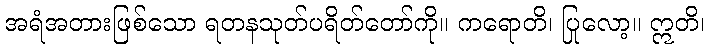
အရံအတားဖြစ်သော ရတနသုတ်ပရိတ်တော်ကို။ ကရောတိ၊ ပြုလော့။ ဣတိ၊